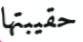
حقيبتها